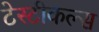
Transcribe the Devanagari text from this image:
टेस्टीकल्स